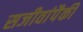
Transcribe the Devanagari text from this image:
सजीवांपैकी